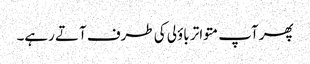
پھر آپ متواتر باؤلی کی طرف آتے رہے۔